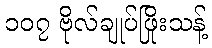
၁၀၇ ဗိုလ်ချုပ်ဖြိုးသန့်